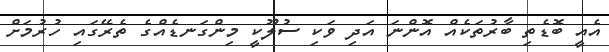
އެއީ ބޮޑެތި ބާރުތަކެއް އޮންނަ އަދި ވަކި ސުލޫކީ މިންގަނޑެއްގެ ތެރޭގައި ހުރުމަށް